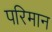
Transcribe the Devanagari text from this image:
परिमान